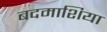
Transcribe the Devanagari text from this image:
बदमाशिया